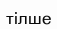
тілше